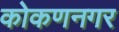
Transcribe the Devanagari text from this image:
कोकणनगर